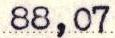
88,07